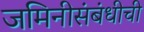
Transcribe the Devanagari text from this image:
जमिनीसंबंधीची